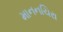
માનનચિરા